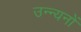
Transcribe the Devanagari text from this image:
उन्न्यनों